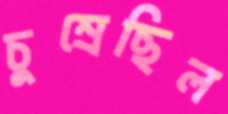
চুম্‌রেছিল